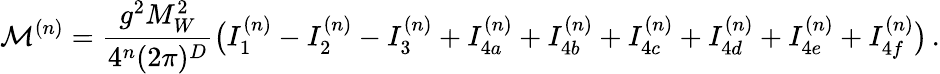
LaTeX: \mathcal{M}^{(n)}=\frac{g^{2}M_{W}^{2}}{4^{n}(2\pi)^{D}}\big(I_{1}^{(n)}-I_{2}^{(n)}-I_{3}^{(n)}+I_{4a}^{(n)}+I_{4b}^{(n)}+I_{4c}^{(n)}+I_{4d}^{(n)}+I_{4e}^{(n)}+I_{4f}^{(n)}\big)\, .